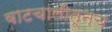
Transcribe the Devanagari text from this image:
वाटचालीतूनच